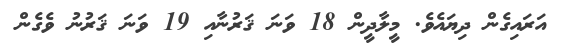
އަރައިގެން ދިޔައެވެ. މީލާދީން 18 ވަނަ ޤަރުނާއި 19 ވަނަ ޤަރުނު ވެގެން